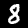
Digit: 8